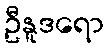
ဦနူဒရော